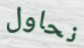
نحاول